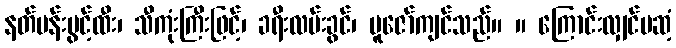
နတ်ပန်းပွင့်ထီး၊ သီကုံးကြီးဖြင့်၊ ခရီးလမ်းခွင်၊ ပူဇော်ကျင်သည်။ ။ ကြောင်းလျှင်မဆံ့